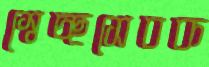
স্বেচ্ছসেবক